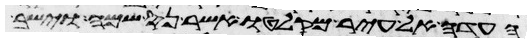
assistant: העדה אל עיר מקלטו אשר נס שמה וישב